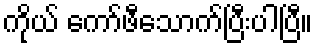
ကိုယ် ကော်ဖီသောက်ပြီးပါပြီ။